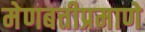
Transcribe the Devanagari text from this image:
मेणबत्तीप्रमाणे